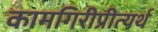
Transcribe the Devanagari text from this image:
कामगिरीप्रीत्यर्थ